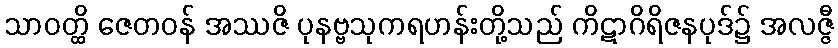
သာဝတ္ထိ ဇေတဝန် အဿဇိ ပုနဗ္ဗသုကရဟန်းတို့သည် ကိဋာဂိရိဇနပုဒ်၌ အလဇ္ဇီ